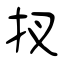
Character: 扠